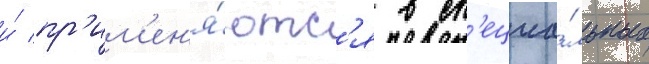
и́ пр'им'ен'я́ютс'я в сп'ециа́льных